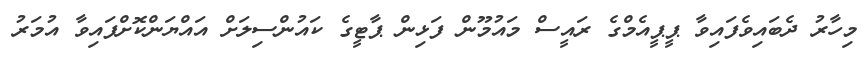
މިހާރު ދެބައިވެފައިވާ ޕީޕީއެމްގެ ރައީސް މައުމޫން ފަޅިން ޕާޓީގެ ކައުންސިލަށް އައްޔަންކޮށްފައިވާ އުމަރު